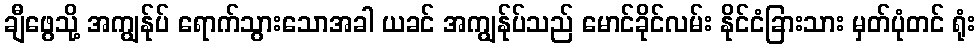
ချီဖွေသို့ အကျွန်ုပ် ရောက်သွားသောအခါ ယခင် အကျွန်ုပ်သည် မောင်ခိုင်လမ်း နိုင်ငံခြားသား မှတ်ပုံတင် ရုံး